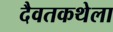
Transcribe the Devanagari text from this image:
दैवतकथेला